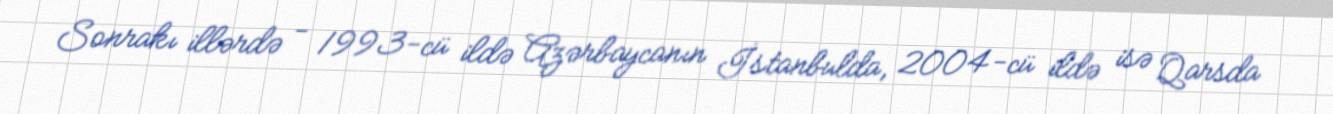
Sonrakı illərdə - 1993-cü ildə Azərbaycanın İstanbulda, 2004-cü ildə isə Qarsda